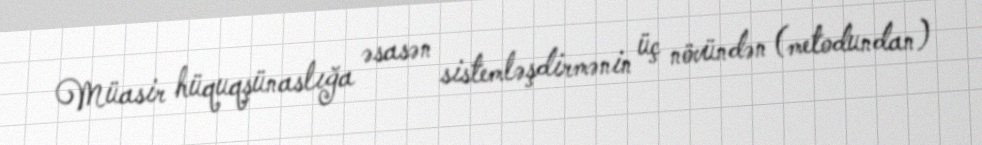
Müasir hüquqşünaslığa əsasən sistemləşdirmənin üç növündən (metodundan)